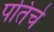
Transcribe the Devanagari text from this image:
पतिचे